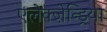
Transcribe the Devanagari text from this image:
एलेक्ज़ेन्ड्रिया